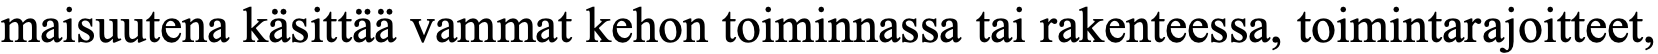
maisuutena käsittää vammat kehon toiminnassa tai rakenteessa, toimintarajoitteet,